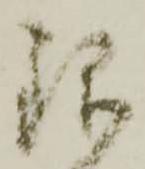
銀